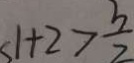
< 1 + 2 > \frac { 3 } { 2 }